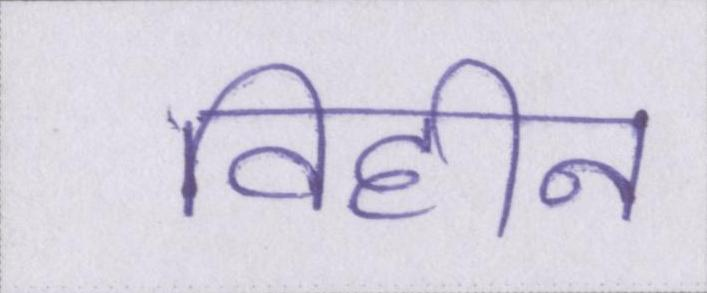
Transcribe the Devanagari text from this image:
विहीन